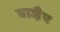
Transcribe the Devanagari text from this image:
वाजै़ए